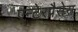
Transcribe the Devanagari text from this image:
एन्टेरप्रैसेस